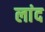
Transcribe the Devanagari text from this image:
लांद